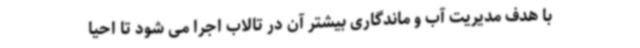
با هدف مدیریت آب و ماندگاری بیشتر آن در تالاب اجرا می شود تا احیا